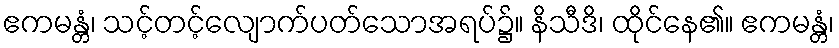
ဧကမန္တံ၊ သင့်တင့်လျောက်ပတ်သောအရပ်၌။ နိသီဒိ၊ ထိုင်နေ၏။ ဧကမန္တံ၊